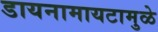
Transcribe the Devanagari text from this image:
डायनामायटामुळे